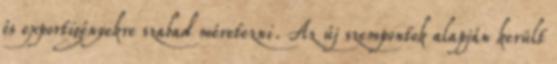
és exportigényekre szabad méretezni. Az új szempontok alapján került